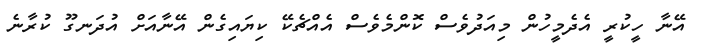
އޭނާ ހީކުރީ އެދެމީހުން މިއަދުވެސް ކޮންމެވެސް އެއްޗެކޭ ކިޔައިގެން އޭނާއަށް އުދަނގޫ ކުރާނެ